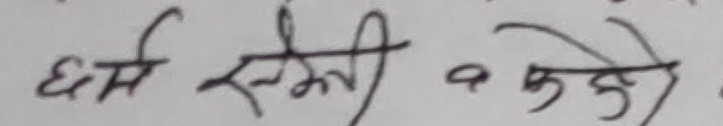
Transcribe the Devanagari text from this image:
धर्म सेबी व कुछे